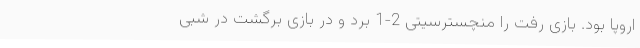
اروپا بود. بازی رفت را منچسترسیتی 2-1 بُرد و در بازی برگشت در شبی